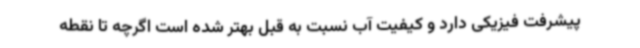
پیشرفت فیزیکی دارد و کیفیت آب نسبت به قبل بهتر شده است اگرچه تا نقطه